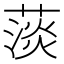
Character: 𦸁